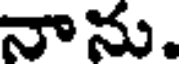
నాను.